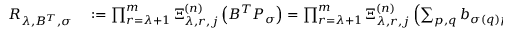
\begin{array} { r l } { R _ { \lambda , B ^ { T } , \sigma } } & { { } : = \prod _ { r = \lambda + 1 } ^ { m } \Xi _ { \lambda , r , j } ^ { ( n ) } \left( B ^ { T } P _ { \sigma } \right) = \prod _ { r = \lambda + 1 } ^ { m } \Xi _ { \lambda , r , j } ^ { ( n ) } \left( \sum _ { p , q } b _ { \sigma ( q ) p } E _ { p q } \right) } \end{array}